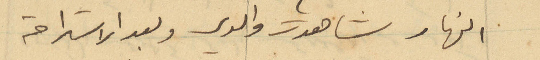
النهار شاهدت والدي وبعد الاستراحة